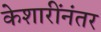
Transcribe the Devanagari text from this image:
केशारींनंतर